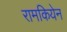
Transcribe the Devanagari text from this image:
रामकियेन